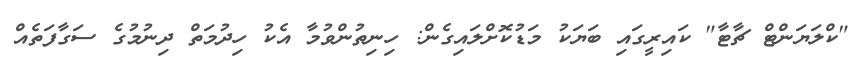
"ކްލަޔަންޓް ޗާޓާ" ކައިރީގައި ބަޔަކު މަޑުކޮށްލައިގެން: ހިނިތުންވުމާ އެކު ހިދުމަތް ދިނުމުގެ ސަގާފަތެއް